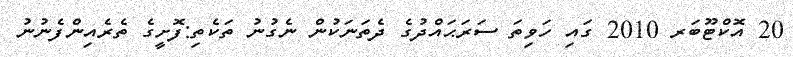
20 އޮކްޓޫބަރ 2010 ގައި ހަވިތަ ސަރަޙައްދުގެ ދެތަނަކުން ނެގުނު ތަކެތި:ފޮށީގެ ތެރެއިންފެނުނު